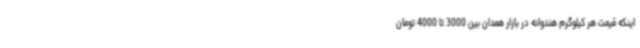
اینکه قیمت هر کیلوگرم هندوانه در بازار همدان بین 3000 تا 4000 تومان